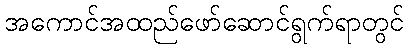
အကောင်အထည်ဖော်ဆောင်ရွက်ရာတွင်